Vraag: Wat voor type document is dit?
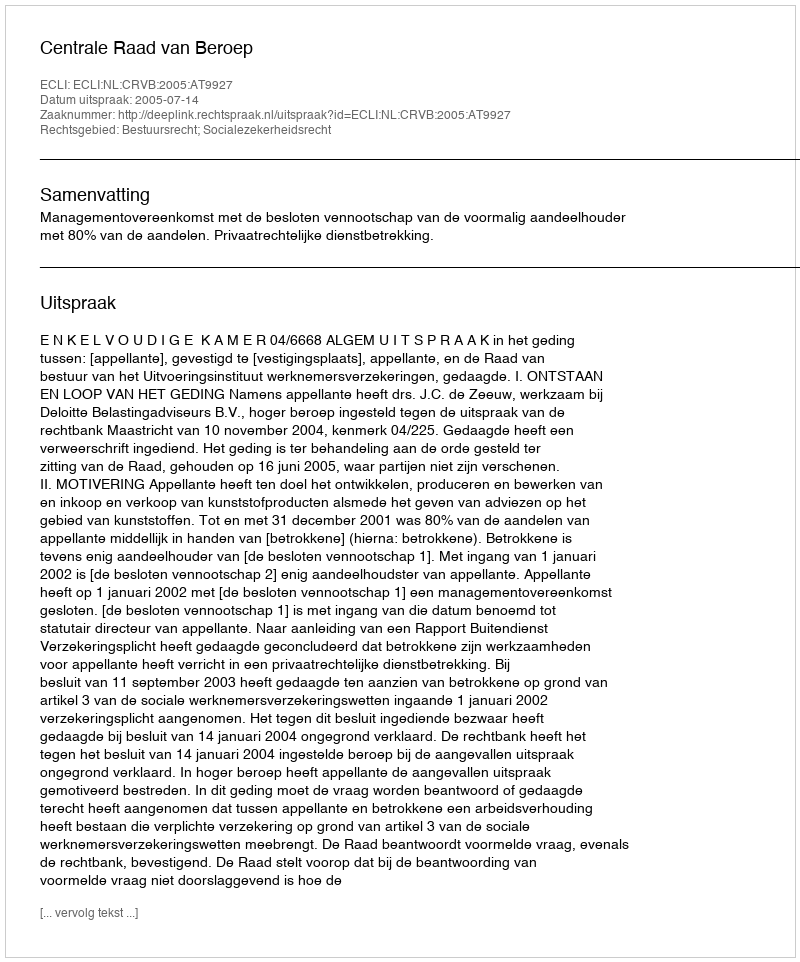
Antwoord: Uitspraak